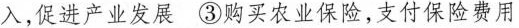
入，促进产业发展③购买农业保险，支付保险费用